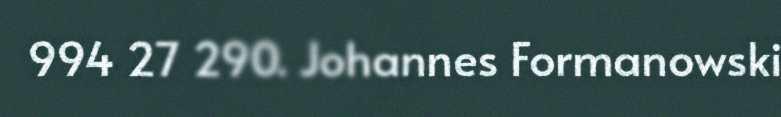
994 27 290. Johannes Formanowski